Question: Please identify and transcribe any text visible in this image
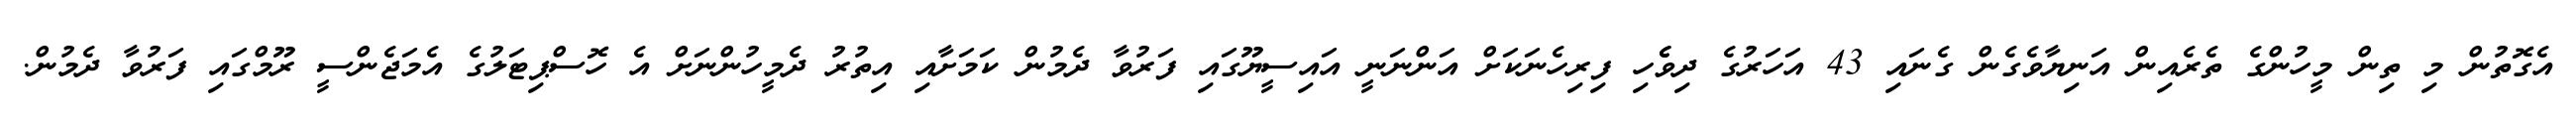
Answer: އެގޮތުން މި ތިން މީހުންގެ ތެރެއިން އަނިޔާވެގެން ގެނައި 43 އަހަރުގެ ދިވެެހި ފިރިހެނަކަށް އަންނަނީ އައިސީޔޫގައި ފަރުވާ ދެމުން ކަމަށާއި އިތުރު ދެމީހުންނަށް އެ ހޮސްޕިޓަލުގެ އެމަޖެންސީ ރޫމްގައި ފަރުވާ ދެމުން.